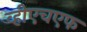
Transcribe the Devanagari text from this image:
व्हीएचएफ